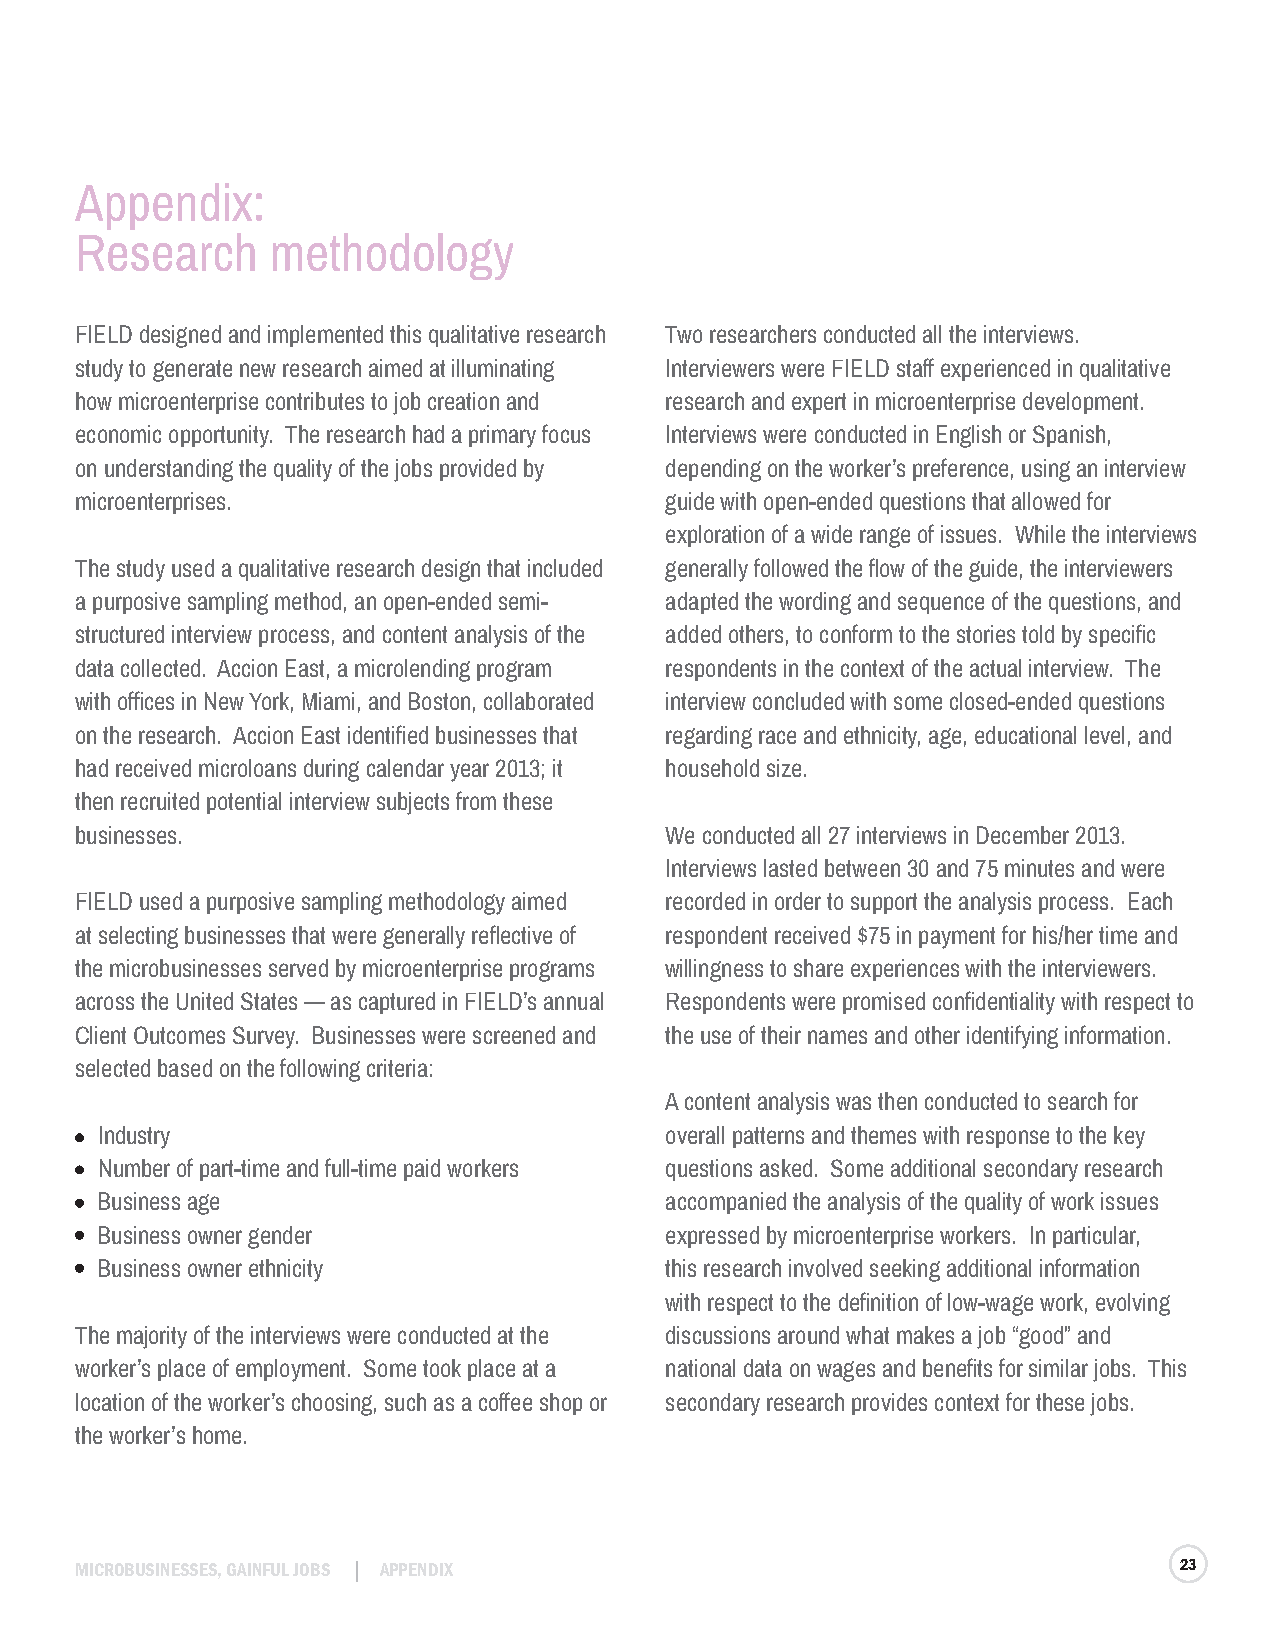
Appendix:
 Research     methodology
 FIELD designed and implemented this qualitative research Two researchers conducted all the interviews.
 study to generate new research aimed at illuminating Interviewers were FIELD staff experienced in qualitative
 how microenterprise contributes to job creation and research and expert in microenterprise development.
 economic opportunity. The research had a primary focus Interviews were conducted in English or Spanish,
 on understanding the quality of the jobs provided by depending on the worker’s preference, using an interview
 microenterprises.                      guide with open-ended questions that allowed for
 exploration of a wide range of issues. While the interviews
 The study used a qualitative research design that included generally followed the flow of the guide, the interviewers
 a purposive sampling method, an open-ended semi- adapted the wording and sequence of the questions, and
 structured interview process, and content analysis of the added others, to conform to the stories told by specific
 data collected. Accion East, a microlending program respondents in the context of the actual interview. The
 with offices in New York, Miami, and Boston, collaborated interview concluded with some closed-ended questions
 on the research. Accion East identified businesses that regarding race and ethnicity, age, educational level, and
 had received microloans during calendar year 2013; it household size.
 then recruited potential interview subjects from these
 businesses.                            We conducted all 27 interviews in December 2013.
 Interviews lasted between 30 and 75 minutes and were
 FIELD used a purposive sampling methodology aimed recorded in order to support the analysis process. Each
 at selecting businesses that were generally reflective of respondent received $75 in payment for his/her time and
 the microbusinesses served by microenterprise programs willingness to share experiences with the interviewers.
 across the United States — as captured in FIELD’s annual Respondents were promised confidentiality with respect to
 Client Outcomes Survey. Businesses were screened and the use of their names and other identifying information.
 selected based on the following criteria:
 A content analysis was then conducted to search for
 Industry                              overall patterns and themes with response to the key
 Number of part-time and full-time paid workers questions asked. Some additional secondary research
 Business age                          accompanied the analysis of the quality of work issues
 Business owner gender                 expressed by microenterprise workers. In particular,
 Business owner ethnicity              this research involved seeking additional information
 with respect to the definition of low-wage work, evolving
 The majority of the interviews were conducted at the discussions around what makes a job “good” and
 worker’s place of employment. Some took place at a national data on wages and benefits for similar jobs. This
 location of the worker’s choosing, such as a coffee shop or secondary research provides context for these jobs.
 the worker’s home.
 MICROBUSINESSES, GAINFUL JOBS APPENDIX                                   23